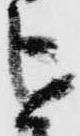
を